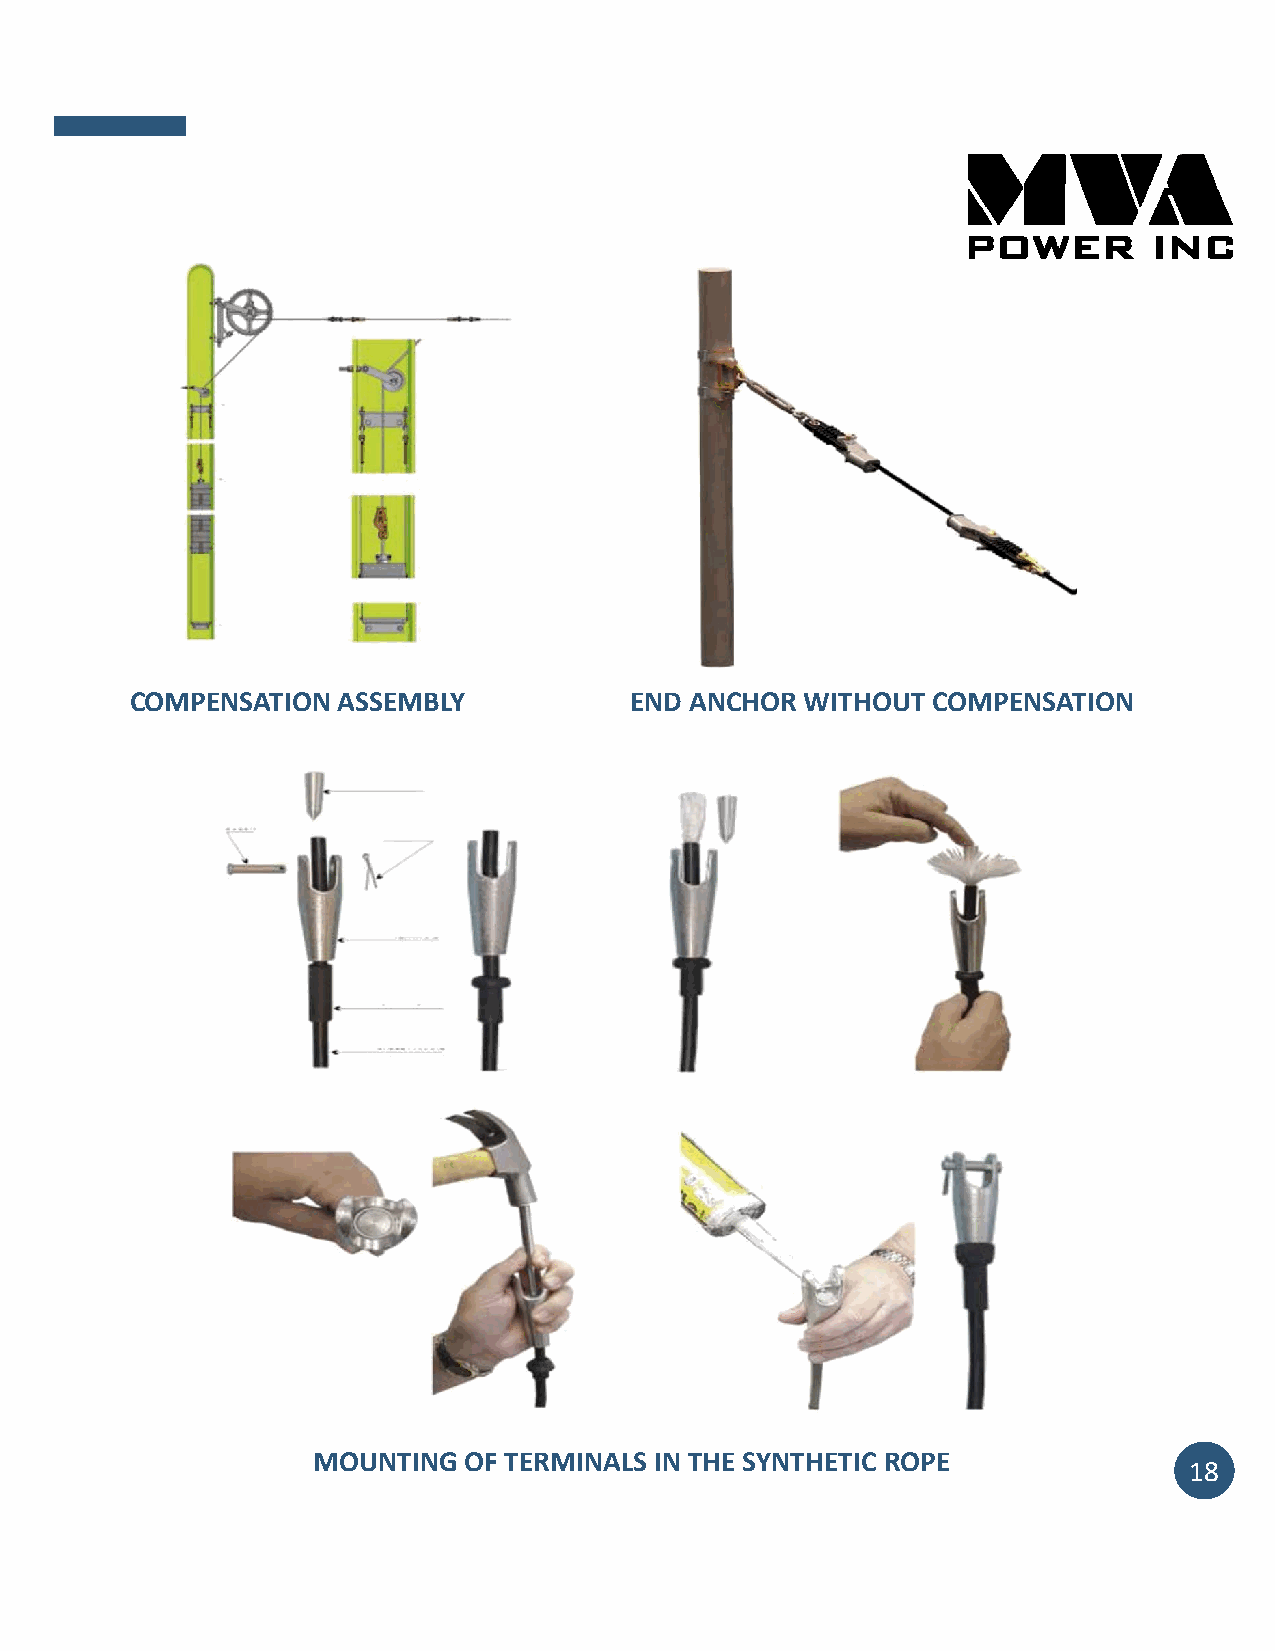
COMPENSATION ASSEMBLY            END ANCHOR WITHOUT  COMPENSATION
 MOUNTING  OF TERMINALS IN THE SYNTHETIC ROPE
 18